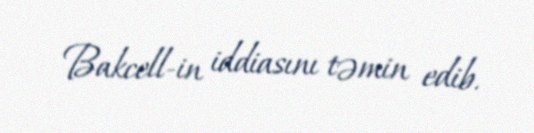
Bakcell-in iddiasını təmin edib.